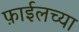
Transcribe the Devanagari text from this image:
फ़ाईलच्या